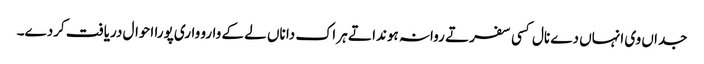
جداں وی انہاں دے نال کسی سفر تے روانہ ہوندا تے ہر اک دا ناں لے کے وارو واری پورا احوال دریافت کردے۔